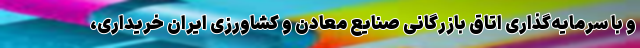
و با سرمایه‌گذاری اتاق بازرگانی صنایع معادن و کشاورزی ایران خریداری،